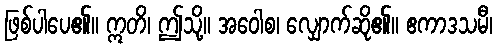
ဖြစ်ပါပေ၏။ ဣတိ၊ ဤသို့။ အဝေါစ၊ လျှောက်ဆို၏။ ဧကာဒသမီ၊